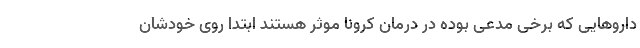
داروهایی که برخی مدعی بوده در درمان کرونا موثر هستند ابتدا روی خودشان